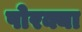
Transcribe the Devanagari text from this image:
पोरक्या